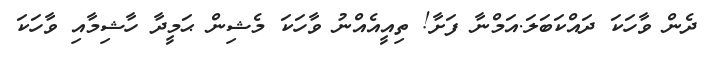
ދެން ވާހަކަ ދައްކަބަލަ.އަމްނާ ފަށާ! ތިއީއެއްނު ވާހަކަ މެޝިން ޙަމީދާ ހާޝިމާއި ވާހަކަ